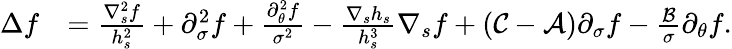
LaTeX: \begin{array}{rl}{\Delta f}&{=\frac{\nabla_{s}^{2}f}{h_{s}^{2}}+\partial_{\sigma}^{2}f+\frac{\partial_{\theta}^{2}f}{\sigma^{2}}-\frac{\nabla_{s}h_{s}}{h_{s}^{3}}\nabla_{s}f+\left(\mathcal{C}-\mathcal{A}\right)\partial_{\sigma}f-\frac{\mathcal{B}}{\sigma}\partial_{\theta}f.}\end{array}